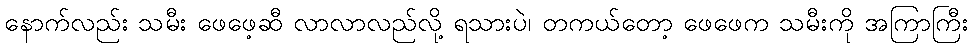
နောက်လည်း သမီး ဖေဖေ့ဆီ လာလာလည်လို့ ရသားပဲ၊ တကယ်တော့ ဖေဖေက သမီးကို အကြာကြီး